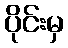
ပိုင်းမှ